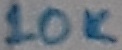
Text: 10K